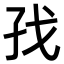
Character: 𪦷